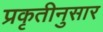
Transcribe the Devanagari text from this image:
प्रकृतीनुसार